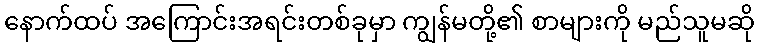
နောက်ထပ် အကြောင်းအရင်းတစ်ခုမှာ ကျွန်မတို့၏ စာများကို မည်သူမဆို